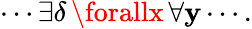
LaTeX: \cdots\exists\delta\, \forallx\, \forall\mathbf{y}\cdots.